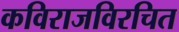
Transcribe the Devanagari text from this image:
कविराजविरचित